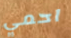
احمي